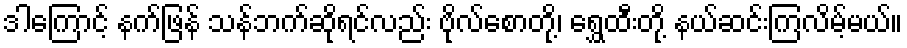
ဒါကြောင့် နက်ဖြန် သန်ဘက်ဆိုရင်လည်း ဗိုလ်စောတို့၊ ရွှေထီးတို့ နယ်ဆင်းကြလိမ့်မယ်။